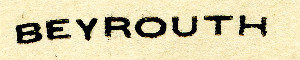
BEYROUTH